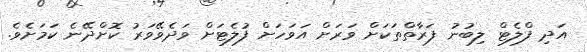
އަދި ފްލެޓް ލިބުނު ފަރާތްތަކަށް ވަރަށް އަވަހަށް ފުލެޓަށް ވަދެވޭވަރު ކޮށްދޭނެ ކަމަށެވެ.